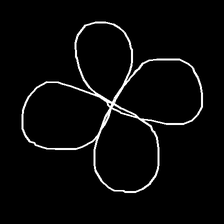
Glyph: billowing